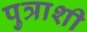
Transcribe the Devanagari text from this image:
पुत्राशी